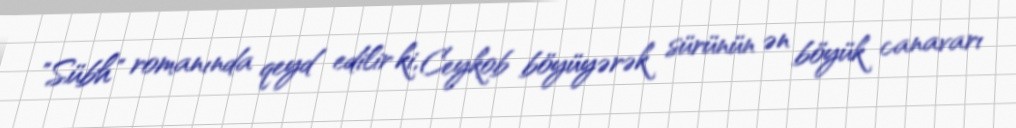
"Sübh" romanında qeyd edilir ki, Ceykob böyüyərək sürünün ən böyük canavarı